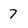
Character: 7